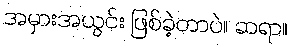
အမှားအယွင်း ဖြစ်ခဲ့တာပဲ။ ဆရာ။